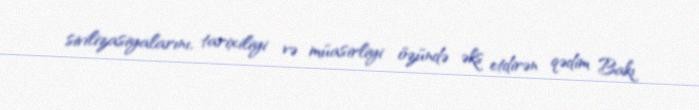
sivilizasiyalarını, tarixiliyi və müasirliyi özündə əks etdirən qədim Bakı